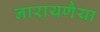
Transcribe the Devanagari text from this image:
नारायणैया